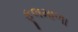
ફૂલમાળા